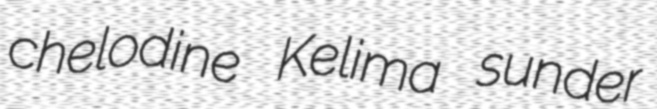
chelodine Kelima sunder